Leaving Certificate Examination (including Day School Certificate (Higher) General paper), 1935
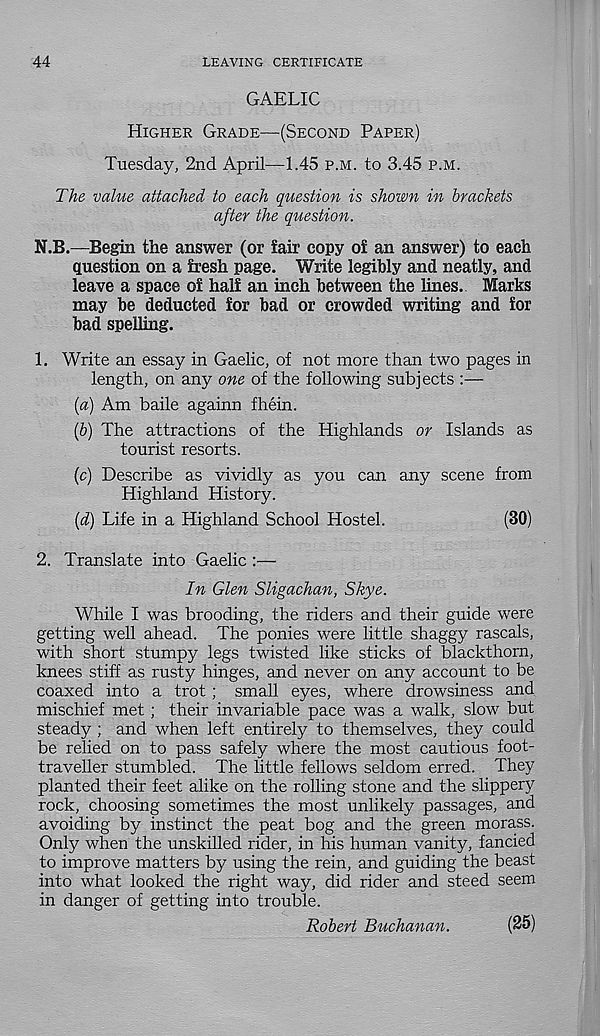
44
LEAVING CERTIFICATE
GAELIC
Higher Grade—(Second Paper)
Tuesday, 2nd April—1.45 p.m. to 3.45 p.m.
The value attached to each question is shown in brackets
after the question.
N.B.—Begin the answer (or fair copy of an answer) to each
question on a fresh page. Write legibly and neatly, and
leave a space of half an inch between the lines. Marks
may be deducted for bad or crowded writing and for
bad spelling.
1. Write an essay in Gaelic, of not more than two pages in
length, on any one of the following subjects :—
[а) Am baile againn fhein.
(б) The attractions of the Highlands or Islands as
tourist resorts.
(c) Describe as vividly as you can any scene from
Highland History.
(d) Life in a Highland School Hostel.
(30)
2. Translate into Gaelic :—
In Glen Sligachan, Skye.
While I was brooding, the riders and their guide were
getting well ahead. The ponies were little shaggy rascals,
with short stumpy legs twisted like sticks of blackthorn,
knees stiff as rusty hinges, and never on any account to be
coaxed into a trot ; small eyes, where drowsiness and
mischief met ; their invariable pace was a walk, slow but
steady ; and when left entirely to themselves, they could
be relied on to pass safely where the most cautious foot-
traveller stumbled. The little fellows seldom erred. They
planted their feet alike on the rolling stone and the slippery
rock, choosing sometimes the most unlikely passages, and
avoiding by instinct the peat bog and the green morass.
Only when the unskilled rider, in his human vanity, fancied
to improve matters by using the rein, and guiding the beast
into what looked the right way, did rider and steed seem
in danger of getting into trouble.
Robert Buchanan.
(25)